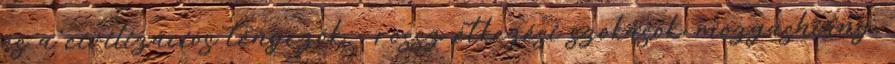
és a civilizációs tényezők - rossz étkezési szokások, mozgáshiány,